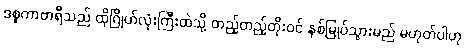
ဒစ္စကာဗာရီသည် ထိုဂြိုဟ်လုံးကြီးထဲသို့ တည့်တည့်တိုးဝင် နစ်မြုပ်သွားမည် မဟုတ်ပါဟု